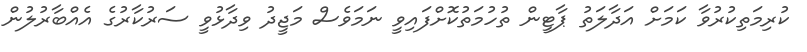
ކުރިމަތިކުރުވާ ކަމަށް އަދާލަތު ޕާޓީން ތުހުމަތުކޮށްފައިވީ ނަމަވެސް މަޖީދު ވިދާޅުވީ ސަރުކާރުގެ އެއްބާރުލުން